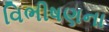
વિભીષણના